Note on the mental hospitals in Burma - 1925-1940
Year: 1925
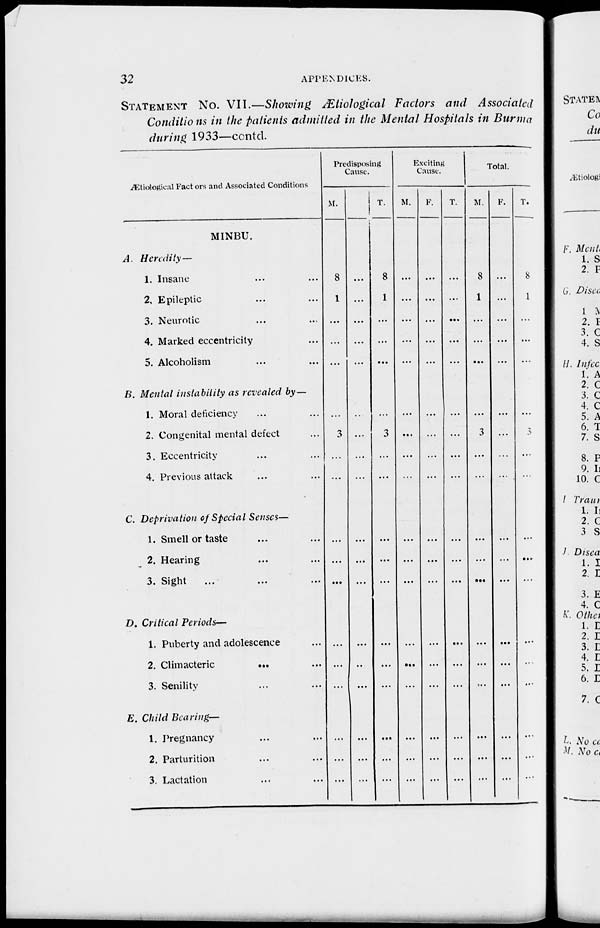
32
APPENDICES.
STATEMENT No. VII.—Showing Ætiological Factors and Associated
Conditions in the pati nts admitted in the Mental Hospitals in Burma
during 1933—ccntcl.
Ætiological Factors and Associated Conditions
MINBU.
A. Heredity —
1. Insane ... ...
2. Epileptic ... ...
3. Neurotic ... ...
4. Marked eccentricity ...
5. Alcoholism ... ...
B. Mental instability as revealed by—
1. Moral deficiency ... ...
2. Congenital mental defect ...
3. Eccentricity ... ...
4. Previous attack ... ...
C. Deprivation of Special Senses—
1. Smell or taste ... ...
2. Hearing ... ...
3. Sight ... ... ...
D. Critical Periods—
1. Puberty and adolescence ...
2. Climacteric
...
...
3. Senility ... ...
E. Child Bearing—
1. Pregnancy ... ...
2. Parturition ... ...
3. Lactation ... ...
Predisposing
Cause.
M.
8
1
...
...
...
...
3
...
...
...
...
...
...
...
...
...
...
...
F.
...
...
...
...
...
..
...
...
...
...
...
...
...
...
...
...
...
...
T.
8
1
...
...
...
...
3
...
...
...
...
...
...
...
...
...
...
...
Exciting
Cause.
M.
...
...
...
...
...
...
...
...
...
...
...
...
...
...
...
...
...
...
F.
...
...
...
...
...
...
...
...
...
...
...
...
...
...
...
...
...
...
T.
...
...
...
...
...
...
...
...
...
...
...
...
...
...
...
...
...
...
Total.
M.
8
1
...
...
...
...
3
...
...
...
...
...
...
...
...
...
...
...
F.
...
...
...
...
...
...
...
...
...
...
...
...
...
...
...
...
...
T.
8
1
...
...
...
...
3
...
...
...
...
...
...
...
...
...
...
...